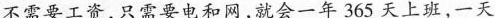
不需要工资，只需要电和网，就会一年365天上班，一天